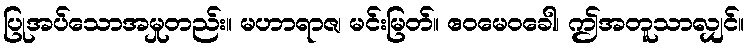
ပြုအပ်သောအမှုတည်း။ မဟာရာဇ၊ မင်းမြတ်။ ဧဝမေဝခေါ၊ ဤအတူသာလျှင်။